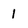
Character: 1